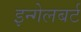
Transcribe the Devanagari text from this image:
इन्गेलबर्ट